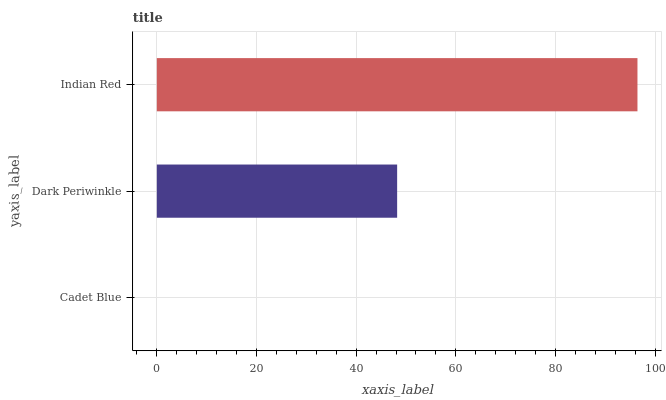
| yaxis_label | bars |
 | --- | --- |
 | Cadet Blue | 0 |
 | Dark Periwinkle | 48.2 |
 | Indian Red | 96.5 |